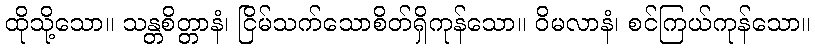
ထိုသို့သော။ သန္တစိတ္တာနံ၊ ငြိမ်သက်သောစိတ်ရှိကုန်သော။ ဝိမလာနံ၊ စင်ကြယ်ကုန်သော။